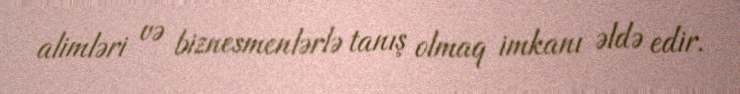
alimləri və biznesmenlərlə tanış olmaq imkanı əldə edir.